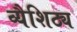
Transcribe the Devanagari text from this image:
व्यैशिठ्य